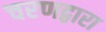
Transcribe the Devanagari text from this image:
चरणद्वारा